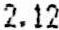
2.12